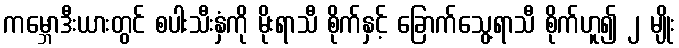
ကမ္ဘောဒီးယားတွင် စပါးသီးနှံကို မိုးရာသီ စိုက်နှင့် ခြောက်သွေ့ရာသီ စိုက်ဟူ၍ ၂ မျိုး